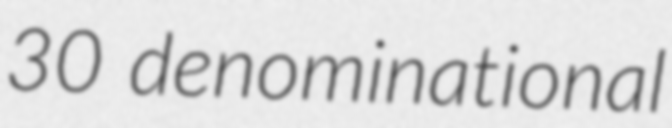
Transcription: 30 denominational